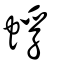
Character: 蜉